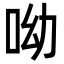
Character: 呦